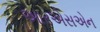
આરએસએન